Plague in India, 1896, 1897 - Volume 3
Year: 1896
Disease focus: Plague
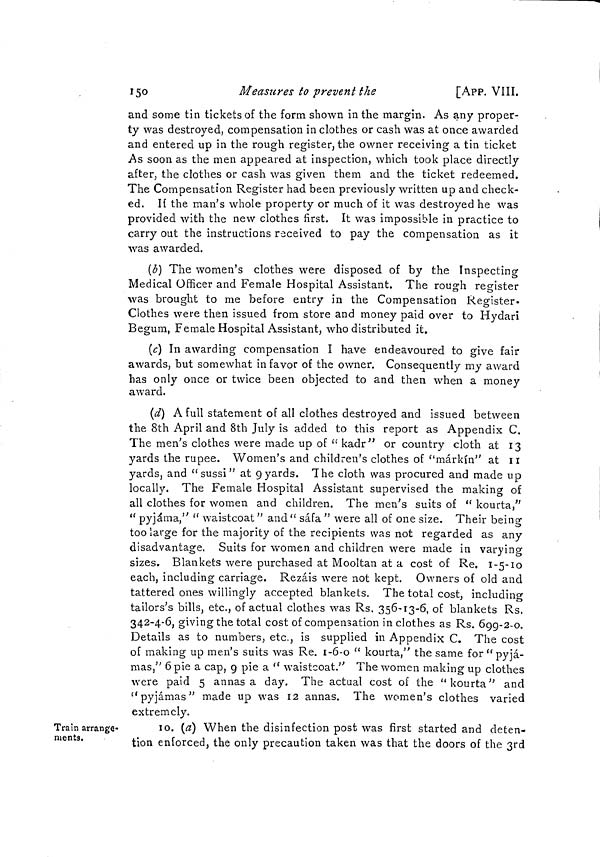
I5O
Measures to prevent the
[APP. VIII.
and some tin tickets of the form shown in the margin. As any proper-
ty was destroyed, compensation in clothes or cash was at once awarded
and entered up in the rough register, the owner receiving a tin ticket
As soon as the men appeared at inspection, which took place directly
after, the clothes or cash was given them and the ticket redeemed.
The Compensation Register had been previously written up and check-
ed. H the man's whole property or much of it was destroyed he was
provided with the new clothes first. It was impossible in practice to
carry out the instructions received to pay the compensation as it
was awarded.
(b) The women's clothes were disposed of by the Inspecting
Medical Officer and Female Hospital Assistant. The rough register
was brought to me before entry in the Compensation Register-
Clothes were then issued from store and money paid over to Hydari
Begum, Female Hospital Assistant, who distributed it.
(c) In awarding compensation I have endeavoured to give fair
awards, but somewhat in fa vor of the owner. Consequently my award
has only once or twice been objected to and then when a money
award.
(d) A full statement of all clothes destroyed and issued between
the 8th April and 8th July is added to this report as Appendix C.
The men's clothes were made up of "kadr" or country cloth at 13
yards the rupee. Women's and children's clothes of "márkín" at 11
yards, and " sussi " at g yards. The cloth was procured and made up
locally. The Female Hospital Assistant supervised the making of
all clothes for women and children. The men's suits of " kourta"
" pyjáma," " waistcoat " and " sáfa " were all of one size. Their being
too large for the majority of the recipients was not regarded as any
disadvantage. Suits for women and children were made in varying
sizes. Blankets were purchased at Mooltan at a cost of Re. 1-5-10
each, including carriage. Rezáis were not kept. Owners of old and
tattered ones willingly accepted blankets. The total cost, including
tailors's bills, etc., of actual clothes was Rs. 356-13-6, of blankets Rs.
342-4-6, giving the total cost of compensation in clothes as Rs. 699-2-0.
Details as to numbers, etc., is supplied in Appendix C. The cost
of making up men's suits was Re. 1i-6-0 " kourta' the same for " pyjá-
más" 6 pie a cap, 9 pie a " waistcoat." The women making up clothes
were paid 5 annas a day. The actual cost of the " kourta" and
"pyjamas" made up was 12 annas. The women's clothes varied
extremelv.
Train arrange-
ments.
10. (a) When the disinfection post was first started and deten-
tion enforced, the only precaution taken was that the doors of the 3rd